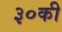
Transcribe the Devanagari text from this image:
३०की